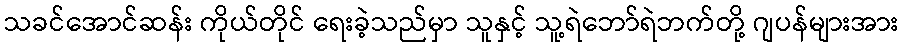
သခင်အောင်ဆန်း ကိုယ်တိုင် ရေးခဲ့သည်မှာ သူနှင့် သူ့ရဲဘော်ရဲဘက်တို့ ဂျပန်များအား